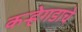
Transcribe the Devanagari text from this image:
कऱ्हेगडाचे